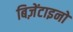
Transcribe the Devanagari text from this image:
बिज़ेंटाइनों